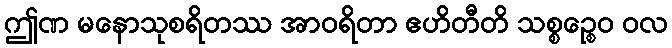
ဤဏ မနောသုစရိတဿ အာဝရိတာ ဧဟိတီတိ သစ္စဉ္စေဝ ဝလ